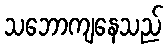
သဘောကျနေသည်